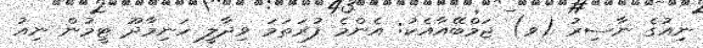
ނިއުގެ ނާސިރު (ވ) ޖަމްބޭއާއެކު: އެންމެ ފުރަތަމަ ވިދާލީ ހަނިމާދޫ ޓީމުން ނިއު